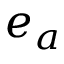
e _ { a }